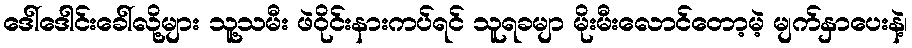
ဒေါ်ဒေါင်းခေါ်လို့များ သူ့သမီး ဖဲဝိုင်းနားကပ်ရင် သူရခမျာ မိုးမီးလောင်တော့မဲ့ မျက်နှာပေးနဲ့၊